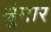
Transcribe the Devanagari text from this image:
श्रुंगार